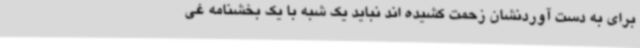
برای به دست آوردنشان زحمت کشیده اند نباید یک شبه با یک بخشنامه غی